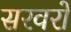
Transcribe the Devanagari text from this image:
सरवरों